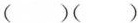
( )( )